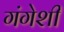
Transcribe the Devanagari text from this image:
गंगेशी